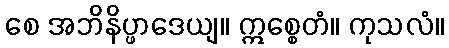
စေ အဘိနိပ္ဖာဒေယျ။ ဣစ္စေတံ။ ကုသလံ။